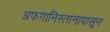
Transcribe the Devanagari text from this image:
अफगानिस्तानापासून